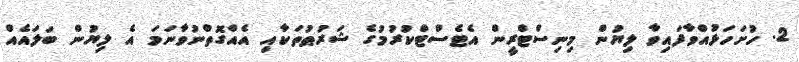
2. ހުށަހަޅުއްވާފައިވާ ލިޔުން މިނިސްޓްރީން އެޓެސްޓްކުރުމުގެ ޝަރުޠުތަކާއި އެއްގޮތްނުވާނަމަ އެ ލިޔުން ބަލައެއް